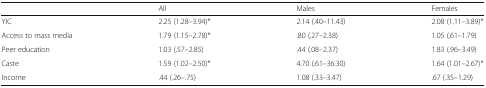
|  | All | Males | Females |
 | --- | --- | --- | --- |
 | YIC | 2.25 (1.28–3.94)* | 2.14 (.40–11.43) | 2.08 (1.11–3.89)* |
 | Access to mass media | 1.79 (1.15–2.78)* | .80 (.27–2.38) | 1.05 (.61–1.79) |
 | Peer education | 1.03 (.57–2.85) | .44 (.08–2.37) | 1.83 (.96–3.49) |
 | Caste | 1.59 (1.02–2.50)* | 4.70 (.61–36.30) | 1.64 (1.01–2.67)* |
 | Income | .44 (.26–.75) | 1.08 (.33–3.47) | .67 (.35–1.29) |